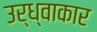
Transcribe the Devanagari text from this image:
उर्ध्वाकार